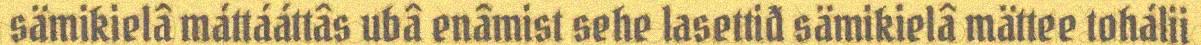
sämikielâ máttááttâs ubâ enâmist sehe lasettiđ sämikielâ mättee tohálii